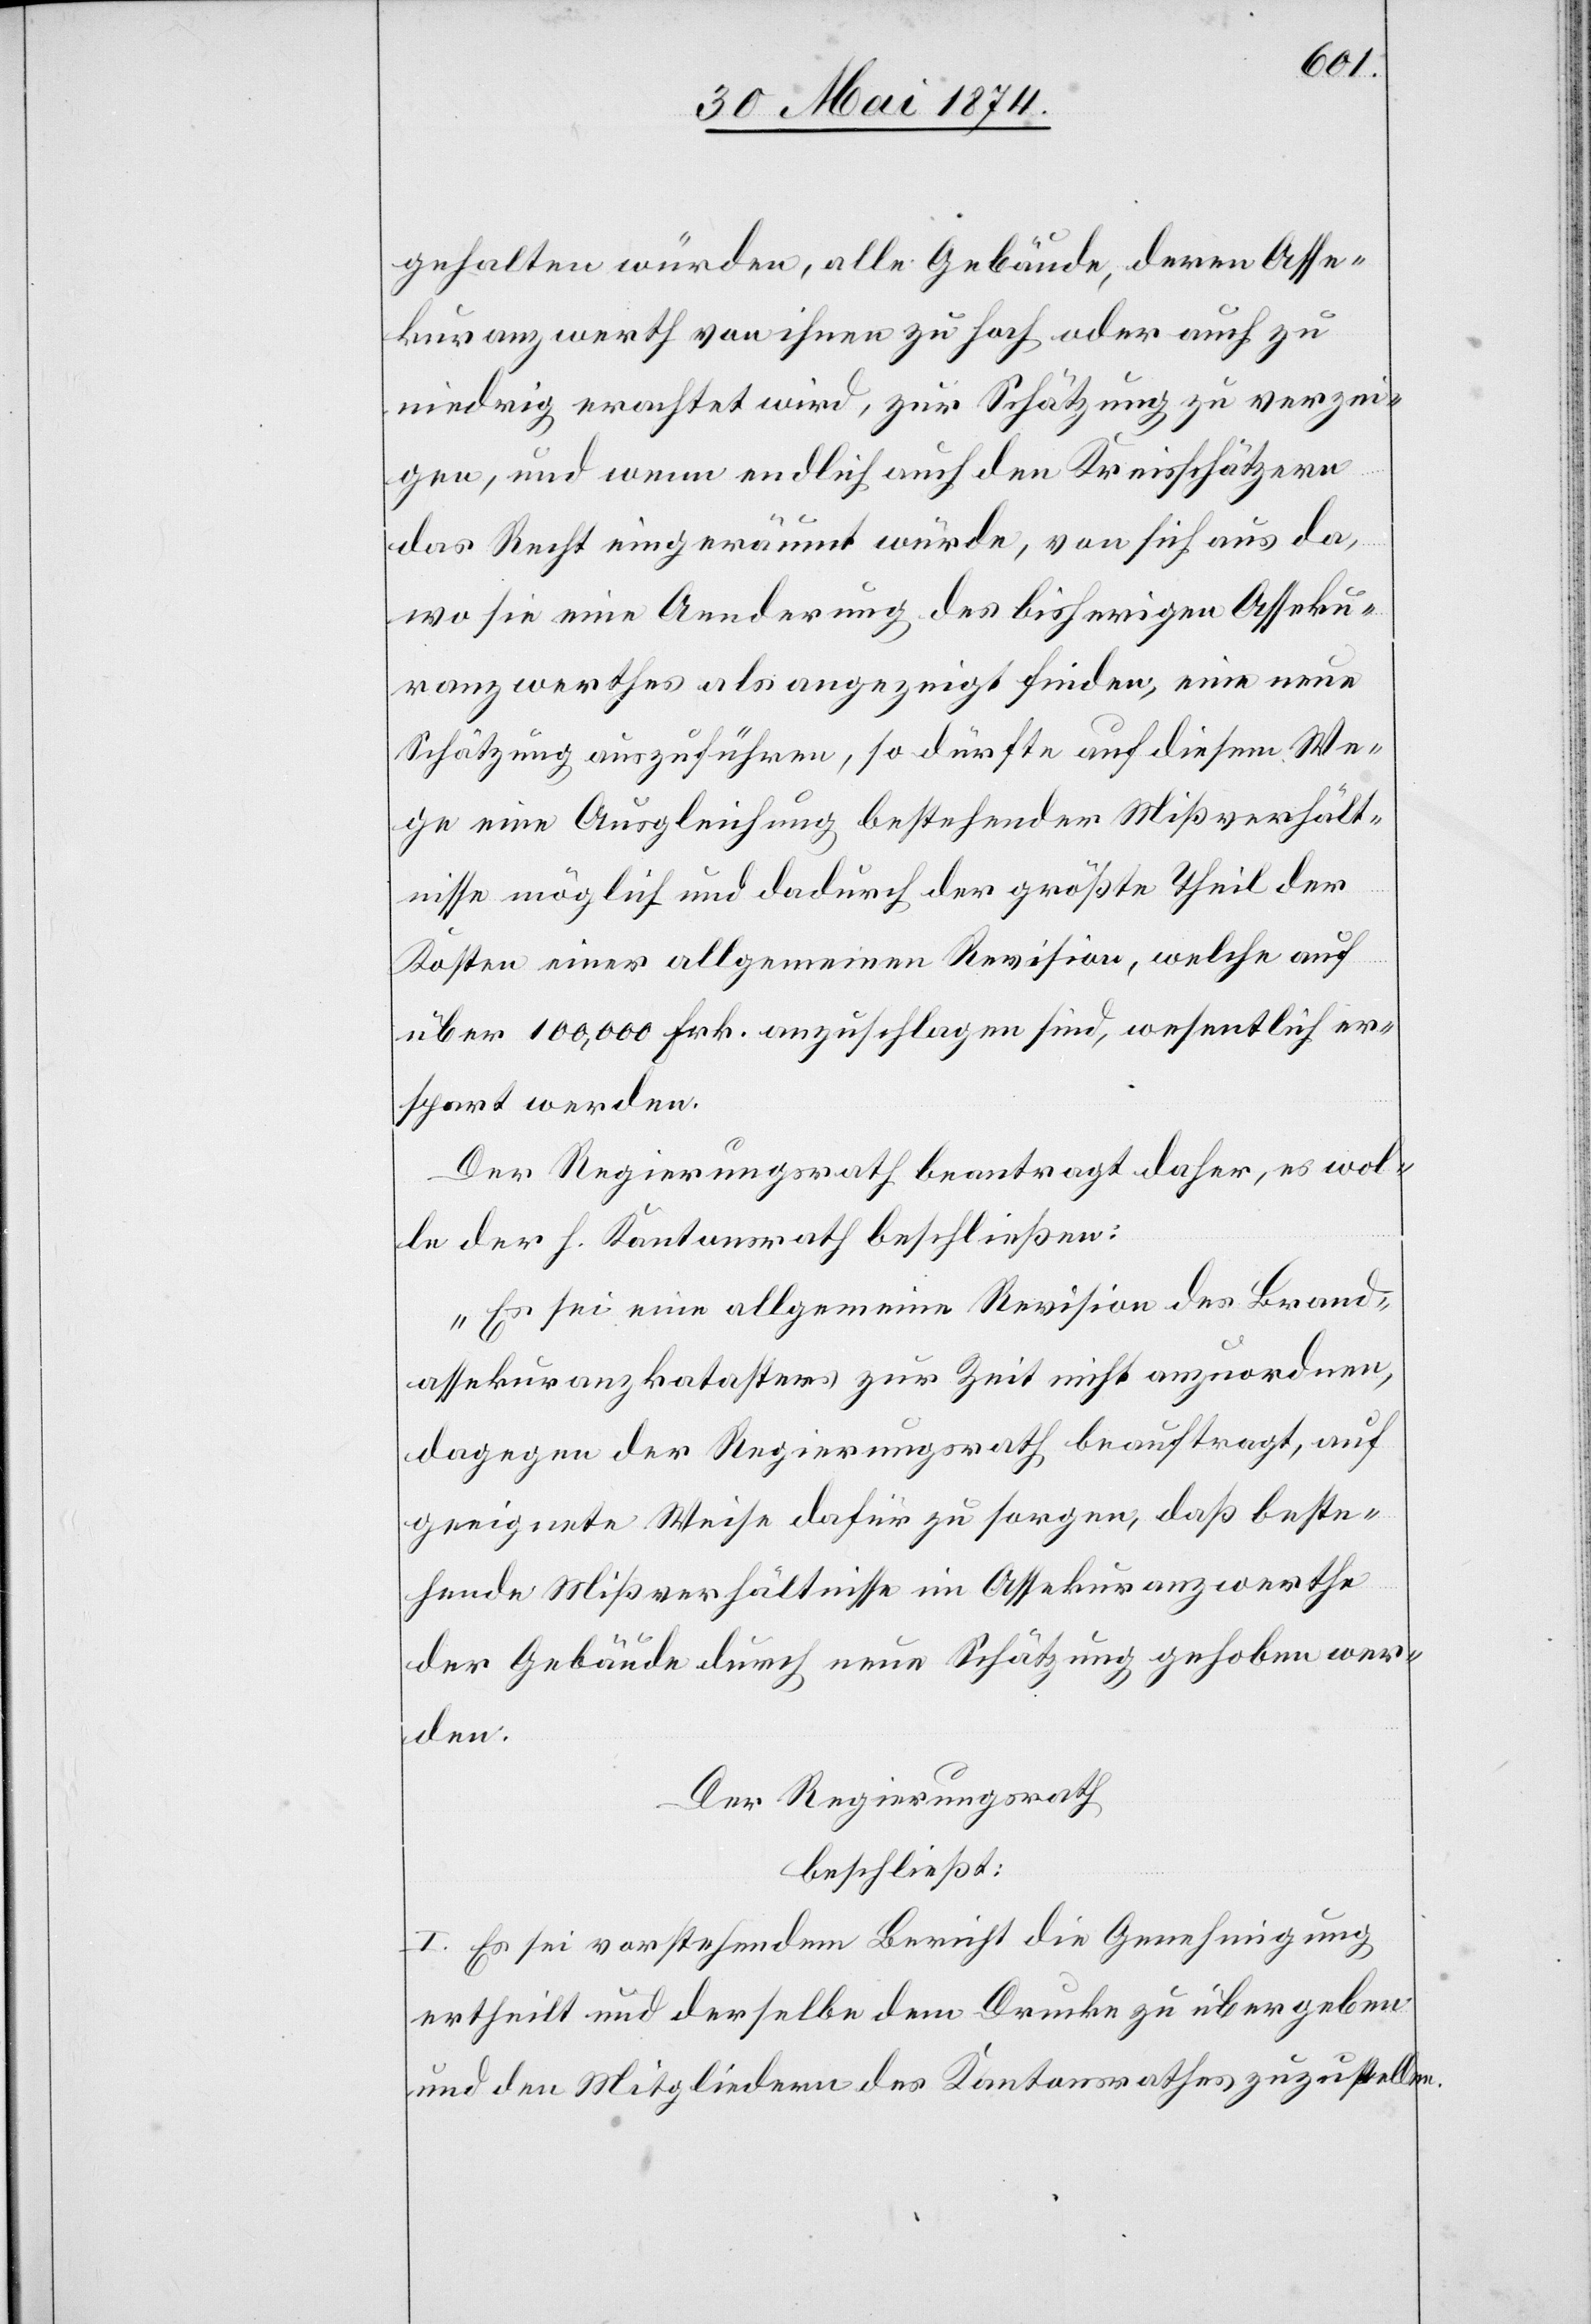
gehalten würden, alle Gebäude, deren Asse¬
kuranzwerth von ihnen zu hoch oder auch zu
niedrig erachtet wird, zur Schätzung zu verzei¬
gen, und wenn endlich auch den Kreisschätzern
das Recht eingeräumt würde, von sich aus da,
wo sie eine Aenderung des bisherigen Asseku¬
ranzwerthes als angezeigt finden, eine neue
Schätzung auszuführen, so dürfte auf diesem We¬
ge eine Ausgleichung bestehender Mißverhält¬
nisse möglich und dadurch der größte Theil der
Kosten einer allgemeinen Revision, welche auf
über 100,000 Frk. anzuschlagen sind, wesentlich er¬
spart werden.
Der Regierungsrath beantragt daher, es wol¬
le der h. Kantonsrath beschließen:
„Es sei eine allgemeine Revision des Brand¬
assekuranzkatasters zur Zeit nicht anzuordnen,
dagegen der Regierungsrath beauftragt, auf
geeignete Weise dafür zu sorgen, daß beste¬
hende Mißverhältnisse im Assekuranzwerthe
der Gebäude durch neue Schätzung gehoben wer¬
den.“
Der Regierungsrath
beschließt:
I. Es sei vorstehendem Bericht die Genehmigung
ertheilt und derselbe dem Drucke zu übergeben
und den Mitgliedern des Kantonsrathes zuzustellen.